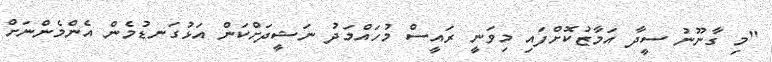
"މި ގާނޫނު ސީދާ އަމާޒުކޮށްފައި މިވަނީ ރައީސް މުހައްމަދު ނަޝީދަށްކަން އަޅުގަނޑުމެން އެންމެންނަށް